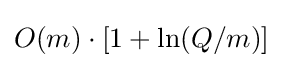
O(m)\cdot [1+\ln(Q/m)]